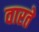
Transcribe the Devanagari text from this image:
वारते